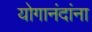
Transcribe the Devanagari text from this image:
योगानंदांना